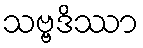
သဗ္ဗဒိဿာ